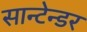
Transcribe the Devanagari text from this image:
सान्टेन्डर